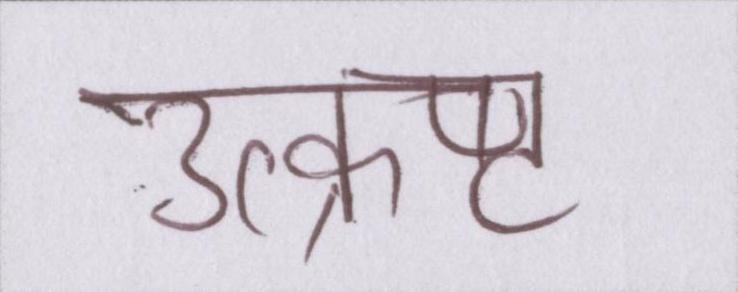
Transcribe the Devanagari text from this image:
उत्क्रष्ट